Leaving Certificate Examination, 1912
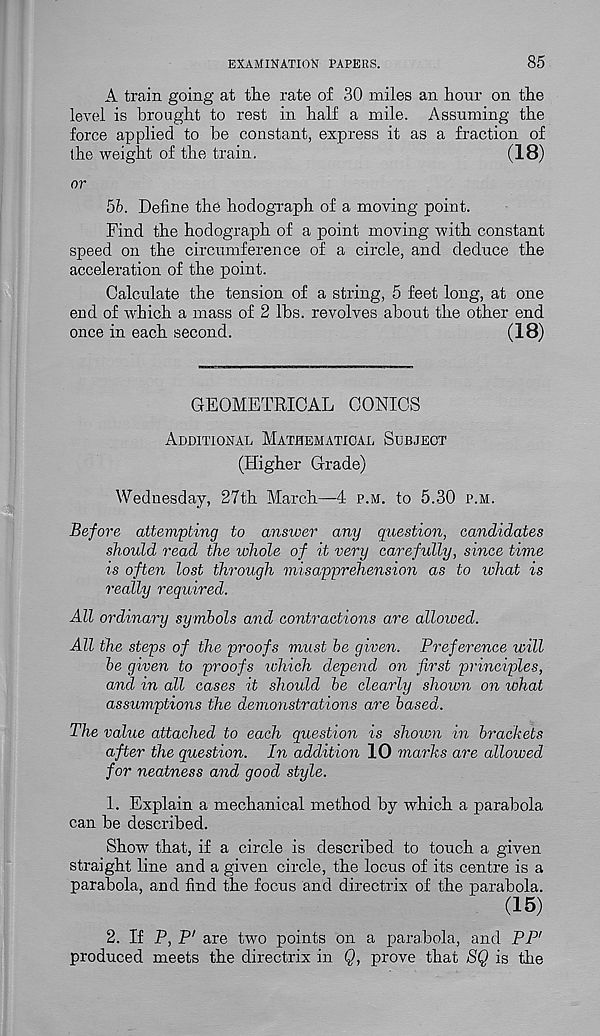
EXAMINATION PAPERS.
85
A train going at the rate of 30 miles an hour on the
level is brought to rest in half a mile. Assuming the
force applied to he constant, express it as a fraction of
the weight of the train.
(18)
or
5b. Define the hodograph of a moving point.
Find the hodograph of a point moving with constant
speed on the circumference of a circle, and deduce the
acceleration of the point.
Calculate the tension of a string, 5 feet long, at one
end of which a mass of 2 lbs. revolves about the other end
once in each second.
(18)
GEOMETRICAL CONICS
Additional Mathematical Subject
(Higher Grade)
Wednesday, 27th March—4 p.m. to 5.30 p.m.
Before attempting to answer any question, candidates
should read the whole of it very carefully, since time
is often lost through misapprehension as to ivhat is
really required.
All ordinary symbols and contractions are allowed.
All the steps of the proofs must be given. Preference will
be given to proofs luhich depend on first principles,
and in all cases it should be clearly shown on ichat
assumptions the demonstrations are based.
The value attached to each question is shown in brackets
after the question. In addition 10 marks are allowed
for neatness and good style.
1. Explain a mechanical method by which a parabola
can be described.
Show that, if a circle is described to touch a given
straight line and a given circle, the locus of its centre is a
parabola, and find the focus and directrix of the parabola.
(15)
2. If P, P 1 are two points on a parabola, and PP'
produced meets the directrix in Q, prove that SQ is the